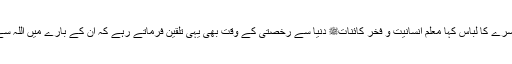
قرآن نے مرد و عورت کو ایک دوسرے کا لباس کہا معلم انسانیت و فخر کائناتﷺ دنیا سے رخصتی کے وقت بھی یہی تلقین فرماتے رہے کہ ان کے بارے میں اللہ سے ڈرتے رہنا اور نیک سلوک کرنا۔